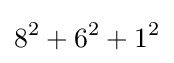
8^{2}+6^{2}+1^{2}